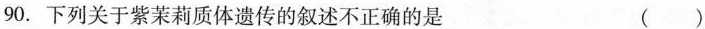
90.下列关于紫茉莉质体遗传的叙述不正确的是 ()